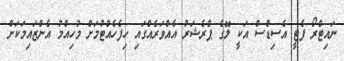
ނައިޓްރޯ ފެޓީ އެސިޑްސް އަކީ ލޭގެ ޕްރެޝަރު އެއްވަރެއްގައި ހިފެހެއްޓުމަށް މުހިއްމު އެންޒައިމަކަށް